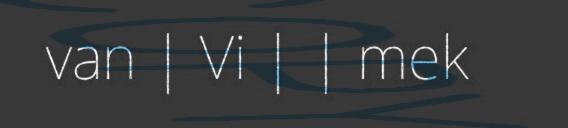
van | Vi | | mek